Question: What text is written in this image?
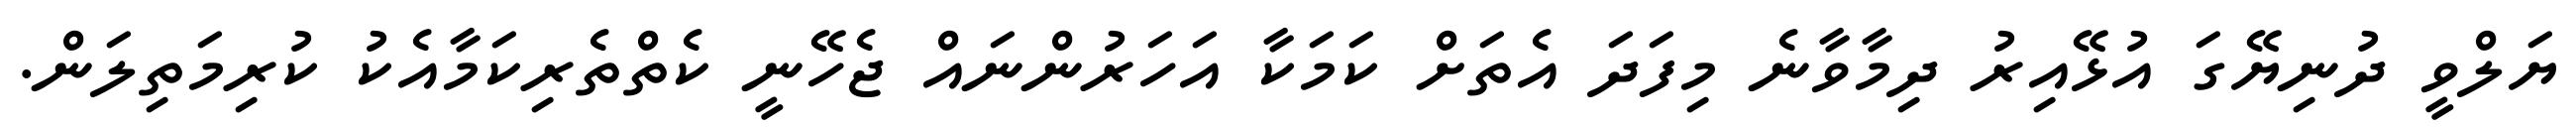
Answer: ޔަލްވީ ދުނިޔޭގަ އުޅޭއިރު ދިމާވާނެ މިފަދަ އެތަށް ކަމަކާ އަހަރުންނައް ޖެހޭނީ ކެތްތެރިކަމާއެކު ކުރިމަތިލަން.